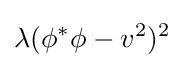
\lambda (\phi ^{*}\phi -v^{2})^{2}~